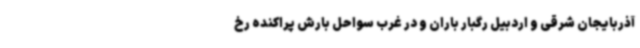
آذربایجان شرقی و اردبیل رگبار باران و در غرب سواحل بارش پراکنده رخ